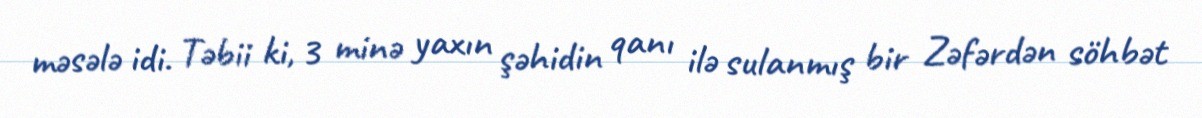
məsələ idi. Təbii ki, 3 minə yaxın şəhidin qanı ilə sulanmış bir Zəfərdən söhbət